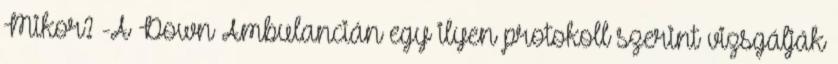
Mikor? -A Down Ambulancián egy ilyen protokoll szerint vizsgálják